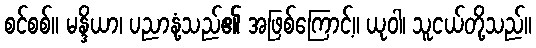
စင်စစ်။ မန္ဒိယာ၊ ပညာနုံ့သည်၏ အဖြစ်ကြောင့်။ ယုဝါ၊ သူငယ်တို့သည်။